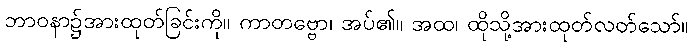
ဘာဝနာ၌အားထုတ်ခြင်းကို။ ကာတဗ္ဗော၊ အပ်၏။ အထ၊ ထိုသို့အားထုတ်လတ်သော်။